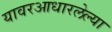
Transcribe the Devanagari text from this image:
यावरआधारलेल्या